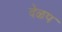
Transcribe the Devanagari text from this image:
देळप